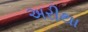
અરીથા